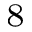
^ 8